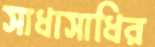
সাধাসাধির